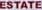
ESTATE